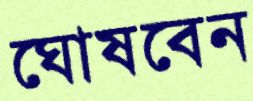
ঘোষবেন